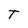
Character: T